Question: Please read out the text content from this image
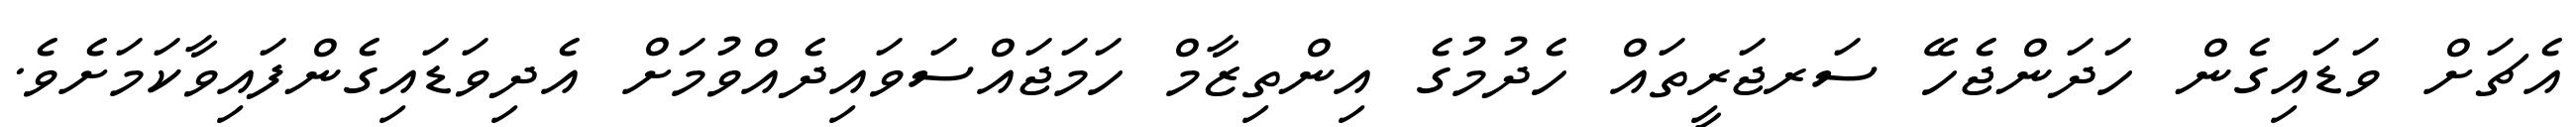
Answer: އެޗަށް ވަޑައިގެން ހަދަންޖެހޭ ސަރޖަރީތައް ހެދުމުގެ އިންތިޒާމް ހަމަޖައްސަވައިދެއްވުމަށް އެދިވަޑައިގެންފައިވާކަމަށެވެ.